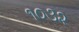
૧૦૩૨